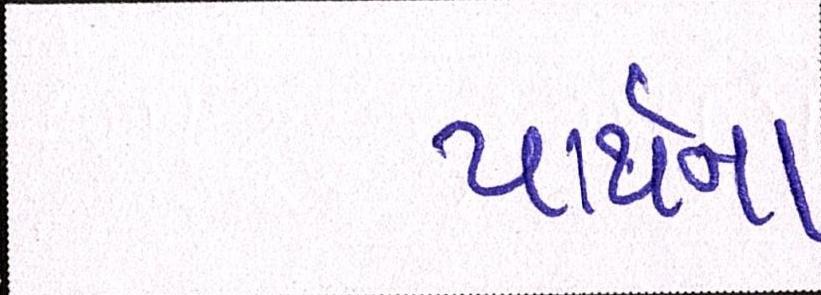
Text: પાર્થના